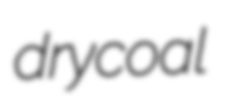
drycoal